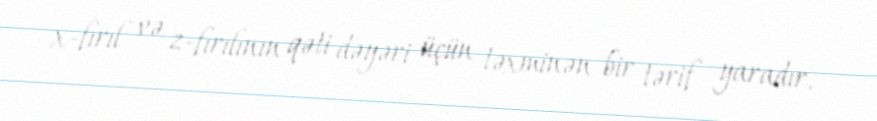
x-fırıl və z-fırılının qəti dəyəri üçün təxminən bir tərif yaradır.